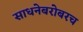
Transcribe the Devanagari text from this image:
साधनेबरोबरच